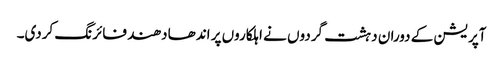
آپریشن کے دوران دہشت گردوں نے اہلکاروں پر اندھا دھند فائرنگ کردی۔